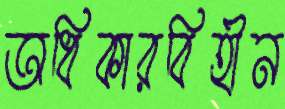
অধিকারবিহীন